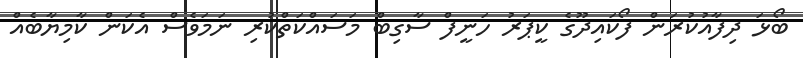
ބޯޅަ ދިފާއުކުރަން ފޯކައިދޫގެ ކީޕަރު ހަނީފް ސާގިބް މަސައްކަތްކުރި ނަމަވެސް އެކަން ކާމިޔާބެއް